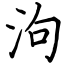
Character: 泃